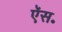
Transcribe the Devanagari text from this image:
ऍस॰